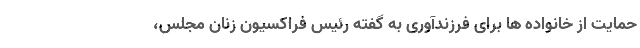
حمایت از خانواده ها برای فرزندآوری به گفته رئیس فراکسیون زنان مجلس،